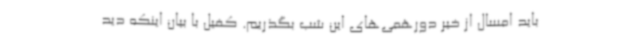
باید امسال از خیر دورهمی‌های این شب بگذریم. کفیل با بیان اینکه دید